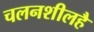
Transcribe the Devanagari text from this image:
चलनशीलहै